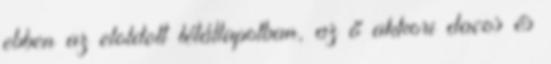
ebben az eloldott létállapotban, az ő akkori dacos és